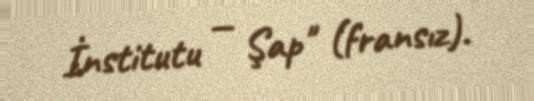
İnstitutu — Şap" (fransız).